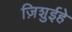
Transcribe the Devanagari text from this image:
ज़िशुईहे